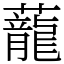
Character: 蘢